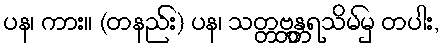
ပန၊ ကား။ (တနည်း) ပန၊ သတ္တဗ္ဘန္တရသိမ်မှ တပါး,